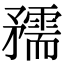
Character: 𥎘